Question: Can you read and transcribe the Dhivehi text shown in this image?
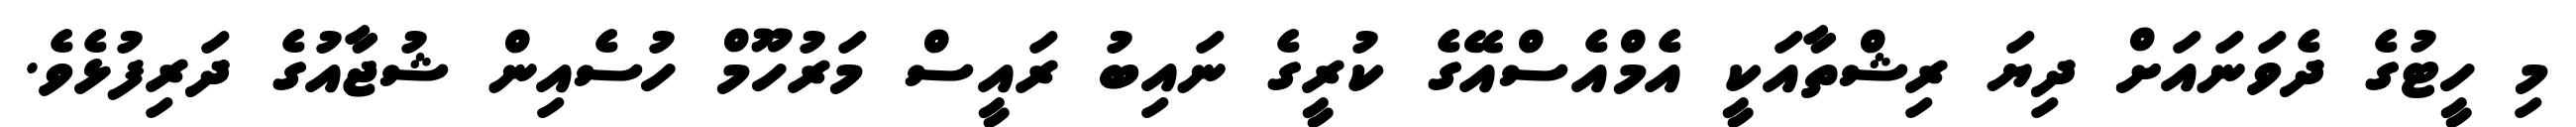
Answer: މި ހީޓުގެ ދެވަނައަށް ދިޔަ ރިޝްތާއަކީ އެމްއެސްއޭގެ ކުރީގެ ނައިބު ރައީސް މަރުހޫމް ހުސެއިން ޝުޖާއުގެ ދަރިފުޅެވެ.